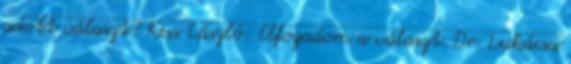
adott választ? Kiss László: Elfogadom a választ. Dr. Lukácsa